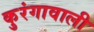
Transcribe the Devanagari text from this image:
कुरंगावाली